Civil Veterinary Dept. Bombay admin report 1914-1922 - 1914-1922
Year: 1914
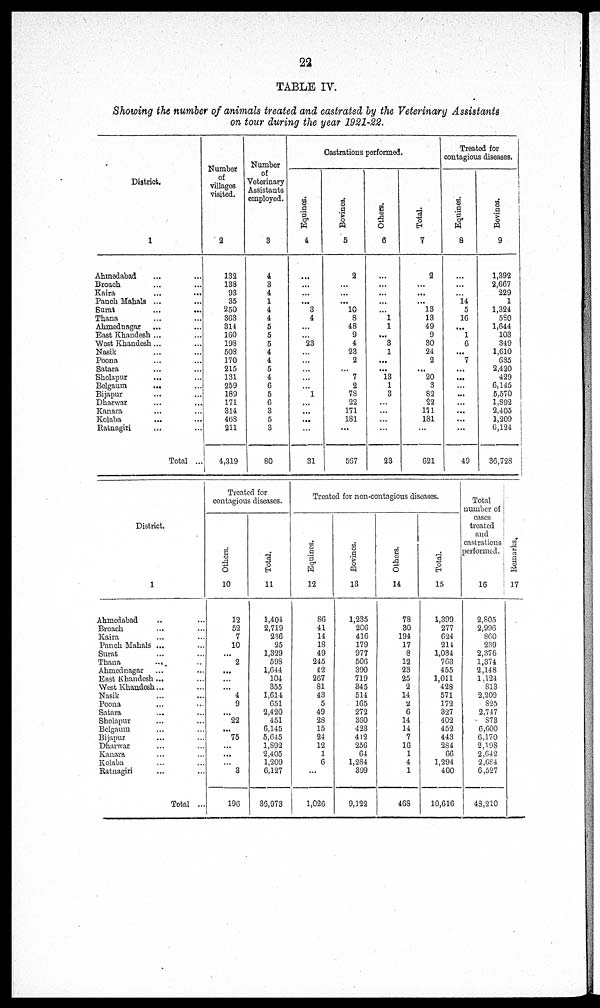
22
TABLE IV.
Showing the number of animals treated and castrated by the Veterinary Assistants
on tour during the year 1921-22.
District.
1
Ahmedabad ... ...
Broach
Kaira ... ...
Panch Mahals ... ...
Surat ... ...
Thana ... ...
Ahmednagar ... ...
East Khandesh ... ...
West Khandesh ... ...
Nasik ... ...
Poona ... ...
Satara ... ...
Sholapur ... ...
Belgaum ... ...
Bijapur ... ...
Dharwar ... ...
Kanara ... ...
Kolaba ... ...
Ratnagiri ... ...
Total ...
Number
of
villages
visited.
2
132
138
93
35
250
363
314
160
198
508
170
215
131
259
189
171
314
468
211
4,319
Number
of
Veterinary
Assistants
employed.
3
4
3
4
1
4
4
5
5
5
4
4
5
4
6
5
6
3
5
3
80
Castrations performed.
Equines.
4
...
...
...
...
3
4
...
...
23
...
...
...
...
...
1
...
...
...
...
31
Bovines.
5
2
...
...
...
10
8
48
9
4
23
2
...
7
2
78
22
171
181
...
567
Others.
6
...
...
...
...
...
1
1
...
3
1
...
...
13
1
3
...
...
...
...
23
Total.
7
2
...
...
...
13
13
49
9
30
24
2
...
20
3
82
22
171 181
...
621
Treated for
contagious diseases.
Equines.
8
...
...
...
14
5
16
...
1
6
...
7
...
...
...
...
...
...
...
...
49
Bovines.
9
1,392
2,667
229
1
1,324
580
1,644
103
349
1,610
635
2,420
429
6,145
5,570
1,892
2,405
1,209
6,124
36,728
District.
1
Ahmedabad ... ...
Broach
Kaira ... ...
Panch Mahals ... ...
Surat ... ...
Thana ... ...
Ahmednagar ... ...
East Khandesh ... ...
West Khandesh ... ...
Nasik ... ...
Poona ... ...
Satara ... ...
Sholapur ... ...
Belgaum ... ...
Bijapur ... ...
Dharwar ... ...
Kanara ... ...
Kolaba ... ...
Ratnagiri ... ...
Total ...
Treated for
contagious diseases.
Ot her s .
10
12
52
7
10
...
2
...
...
...
4
9
...
22
...
75
...
...
...
3
196
Tot al .
11
1,404
2,719
236
25
1,329
598
1,644
104
355
1,614
651
2,420
451
6,145
5,645
1,892
2,405
1,209
6,127
36,973
Treated for non-contagious diseases.
Equi nes .
12
86
41
14
18
49
245
42
267
81
43
5
49
28
15
24
12
1
6
...
1,026
Bovines.
13
1,235
206
416
179
977
506
390
719
345
514
165
272
360
423
412
256
64
1,284
399
9,122
Others.
14
78
30
194
17
8
12
23
25
2
14
2
6
14
14
7
16
1
4
1
468
Tot al .
15
1,399
277
624
214
1,034
763
455
1,011
428
571
172
327
402
452
443
284
66
1,294
400
10,616
Total
number of
cases
treated
and
castrations
performed.
16
2,805
2,996
860
239
2,376
1,374
2,148
1,124
813
2,209
825
2,747
873
6,600
6,170
2,198
2,642
2,684
6,527
48,210
Remarks,
17